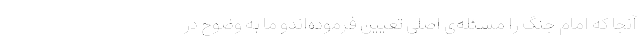
آنجا که امام جنگ را مسئله‌ی اصلی تعیین فرموده‌اندو ما به وضوح در